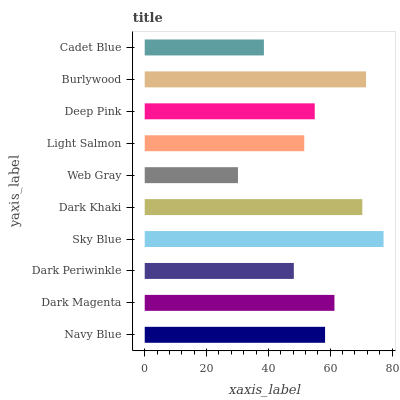
| yaxis_label | bars |
 | --- | --- |
 | Navy Blue | 58.3 |
 | Dark Magenta | 61.4 |
 | Dark Periwinkle | 48.2 |
 | Sky Blue | 77.2 |
 | Dark Khaki | 70.4 |
 | Web Gray | 30.2 |
 | Light Salmon | 51.6 |
 | Deep Pink | 55 |
 | Burlywood | 71.6 |
 | Cadet Blue | 38.6 |